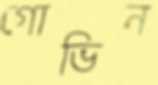
গোভিন